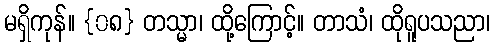
မရှိကုန်။ {၀၈} တသ္မာ၊ ထို့ကြောင့်။ တာသံ၊ ထိုရူပသညာ၊